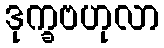
ဒုက္ခဗဟုလာ